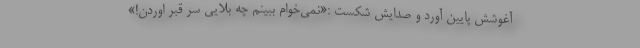
آغوشش پایین آورد و صدایش شکست :«نمی‌خوام ببینم چه بلایی سر قبر اوردن!»